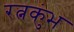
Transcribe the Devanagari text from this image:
रत्नकुंभ